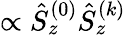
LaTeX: {\propto\hat{S}_{z}^{(0)}\hat{S}_{z}^{(k)}}